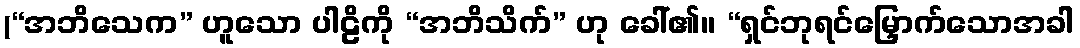
(“အဘိသေက” ဟူသော ပါဠိကို “အဘိသိက်” ဟု ခေါ်၏။ “ရှင်ဘုရင်မြှောက်သောအခါ